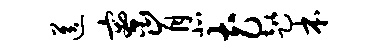
送寮肯北花趑本